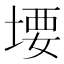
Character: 㙘